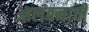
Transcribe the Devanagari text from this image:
आलंबनाची